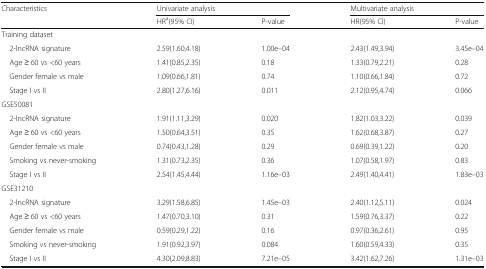
<table><thead><tr><td rowspan="2"><b>Characteristics</b></td><td colspan="2"><b>Univariate analysis</b></td><td colspan="2"><b>Multivariate analysis</b></td></tr><tr><td><b>HR<sup>a</sup>(95% CI)</b></td><td><b>P-value</b></td><td><b>HR(95% CI)</b></td><td><b>P-value</b></td></tr></thead><tbody><tr><td colspan="5">Training dataset</td></tr><tr><td> 2-lncRNA signature</td><td>2.59(1.60,4.18)</td><td>1.00e–04</td><td>2.43(1.49,3.94)</td><td>3.45e–04</td></tr><tr><td> Age ≥ 60 vs &lt;60 years</td><td>1.41(0.85,2.35)</td><td>0.18</td><td>1.33(0.79,2.21)</td><td>0.28</td></tr><tr><td> Gender female vs male</td><td>1.09(0.66,1.81)</td><td>0.74</td><td>1.10(0.66,1.84)</td><td>0.72</td></tr><tr><td> Stage I vs II</td><td>2.80(1.27,6.16)</td><td>0.011</td><td>2.12(0.95,4.74)</td><td>0.066</td></tr><tr><td colspan="5">GSE50081</td></tr><tr><td> 2-lncRNA signature</td><td>1.91(1.11,3.29)</td><td>0.020</td><td>1.82(1.03,3.22)</td><td>0.039</td></tr><tr><td> Age ≥ 60 vs &lt;60 years</td><td>1.50(0.64,3.51)</td><td>0.35</td><td>1.62(0.68,3.87)</td><td>0.27</td></tr><tr><td> Gender female vs male</td><td>0.74(0.43,1.28)</td><td>0.29</td><td>0.69(0.39,1.22)</td><td>0.20</td></tr><tr><td> Smoking vs never-smoking</td><td>1.31(0.73,2.35)</td><td>0.36</td><td>1.07(0.58,1.97)</td><td>0.83</td></tr><tr><td> Stage I vs II</td><td>2.54(1.45,4.44)</td><td>1.16e–03</td><td>2.49(1.40,4.41)</td><td>1.83e–03</td></tr><tr><td colspan="5">GSE31210</td></tr><tr><td> 2-lncRNA signature</td><td>3.29(1.58,6.85)</td><td>1.45e–03</td><td>2.40(1.12,5.11)</td><td>0.024</td></tr><tr><td> Age ≥ 60 vs &lt;60 years</td><td>1.47(0.70,3.10)</td><td>0.31</td><td>1.59(0.76,3.37)</td><td>0.22</td></tr><tr><td> Gender female vs male</td><td>0.59(0.29,1.22)</td><td>0.16</td><td>0.97(0.36,2.61)</td><td>0.95</td></tr><tr><td> Smoking vs never-smoking</td><td>1.91(0.92,3.97)</td><td>0.084</td><td>1.60(0.59,4.33)</td><td>0.35</td></tr><tr><td> Stage I vs II</td><td>4.30(2.09,8.83)</td><td>7.21e–05</td><td>3.42(1.62,7.26)</td><td>1.31e–03</td></tr></tbody></table>